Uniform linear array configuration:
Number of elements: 48
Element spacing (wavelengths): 1
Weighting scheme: blackman
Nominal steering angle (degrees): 60
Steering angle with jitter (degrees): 58.158
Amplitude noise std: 0.05
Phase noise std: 0.05

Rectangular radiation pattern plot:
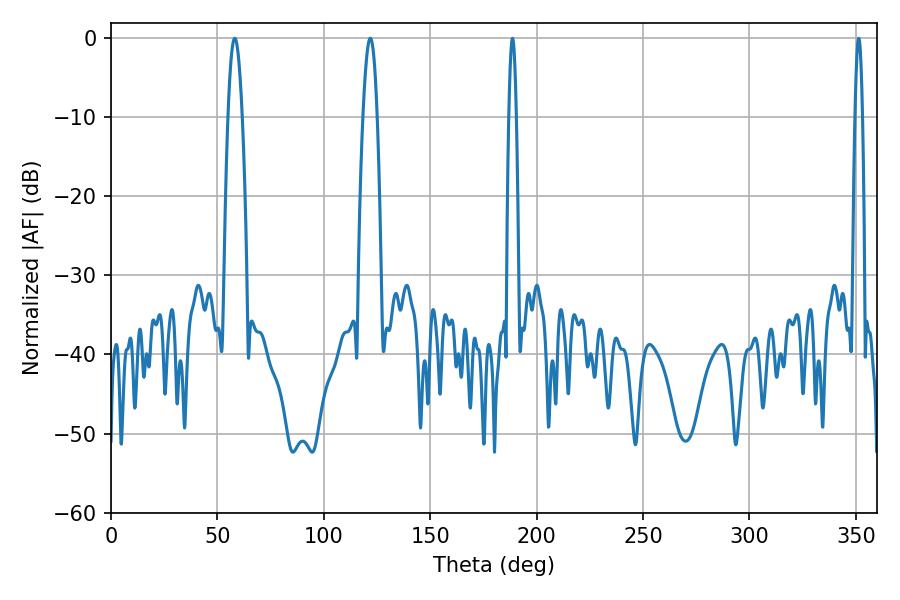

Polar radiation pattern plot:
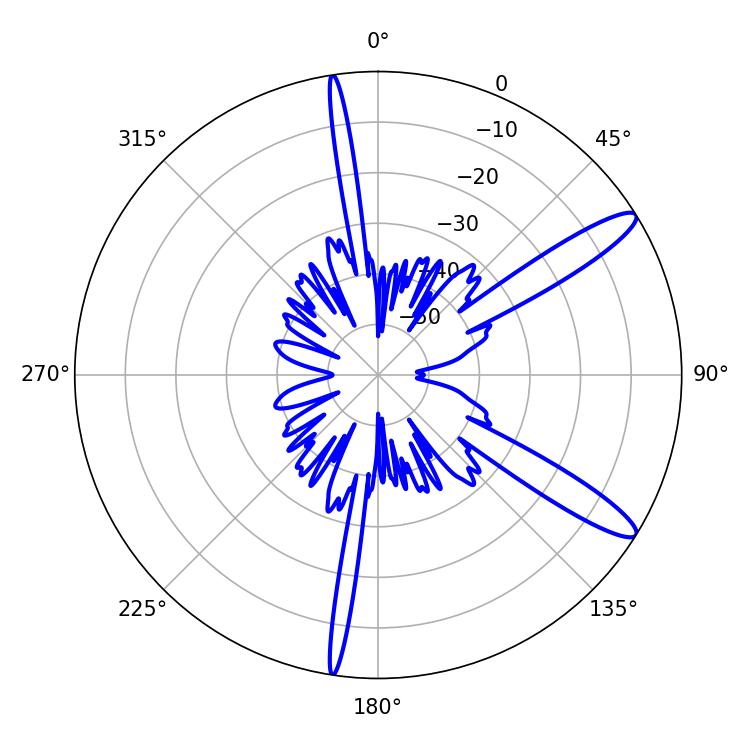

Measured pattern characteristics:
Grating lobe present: TRUE
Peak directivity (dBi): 12.702
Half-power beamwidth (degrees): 3.6
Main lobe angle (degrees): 58.14